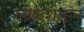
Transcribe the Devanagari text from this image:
लोकशासन